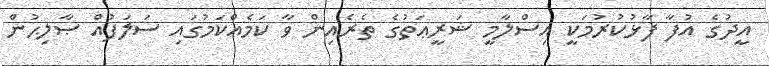
އީދުގެ އުފާ ފާޅުކުރުމަކީ އިސްލާމީ ޝަރީޢަތުގެ ތެރެއިން ވާ ކަމެއްކަމުގައި ސަލަފުއް ޞާލިޙުން